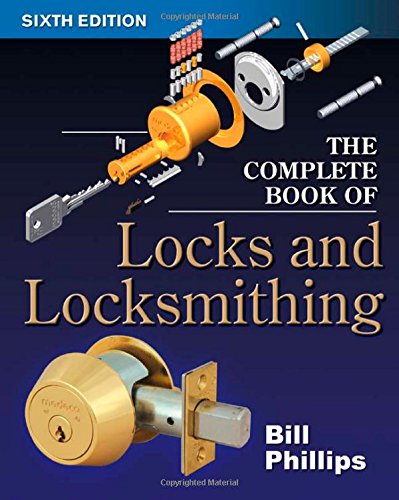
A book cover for The Complete Book of Locks and Locksmithing (Complete Book of Locks & Locksmithing); Bill Phillips; Engineering & Transportation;